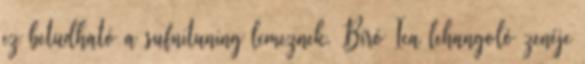
ez betudható a sufnituning lemeznek. Bíró Ica lehangoló zenéje